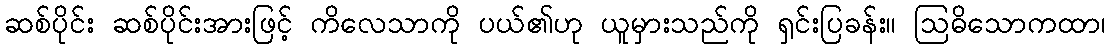
ဆစ်ပိုင်း ဆစ်ပိုင်းအားဖြင့် ကိလေသာကို ပယ်၏ဟု ယူမှားသည်ကို ရှင်းပြခန်း။ ဩဓိသောကထာ၊